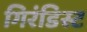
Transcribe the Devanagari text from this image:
गिरंडिस्ट